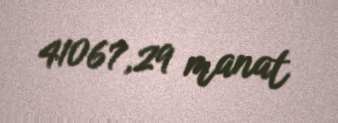
41067,29 manat